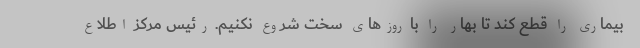
بیماری را قطع کند تا بهار را با روزهای سخت شروع نکنیم. رئیس مرکز اطلاع